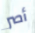
أصر